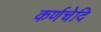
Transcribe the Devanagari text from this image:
कर्णचेदि